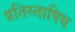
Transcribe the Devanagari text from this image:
प्रतिस्तापिथ